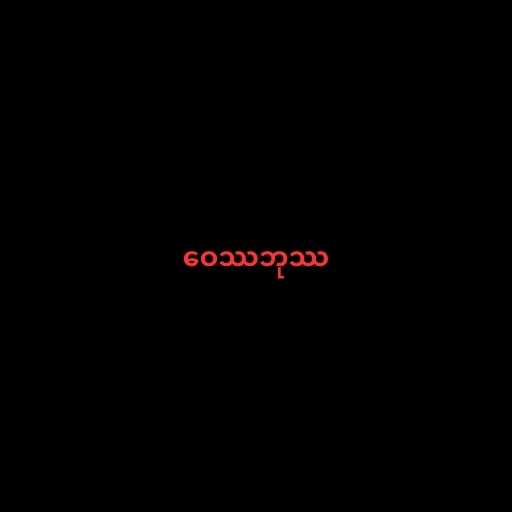
ဝေဿဘုဿ